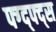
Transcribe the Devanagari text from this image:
फ्ग्द्फ्द्स